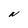
Character: N